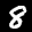
Label: 8